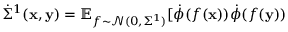
\dot { \Sigma } ^ { 1 } ( \mathbf x , \mathbf y ) = \mathbb { E } _ { f \sim \mathcal { N } ( 0 , \Sigma ^ { 1 } ) } [ \dot { \phi } ( f ( \mathbf { x } ) ) \dot { \phi } ( f ( \mathbf { y } ) )